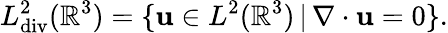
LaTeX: L_{\mathrm{div}}^{2}(\mathbb{R}^{3})=\{ \mathbf{u}\in L^{2}(\mathbb{R}^{3})\, |\, \nabla\cdot\mathbf{u}=0\} .